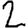
Digit: 2